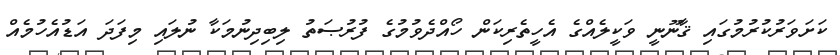
ކަށަވަރުކުރުމުގައި ޤާނޫނީ ވަކީލެއްގެ އެހީތެރިކަން ހޯއްދެވުމުގެ ފުރުޞަތު ލިބިދިނުމަކާ ނުލައި މިފަދަ އަޑުއެހުމެއް